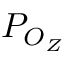
P _ { O _ { Z } }